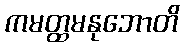
ကမတ္ထမနုဘောတိ